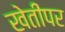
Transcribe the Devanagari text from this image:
खेतीपर